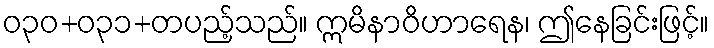
ဝ၃၀+၀၃၁+တပည့်သည်။ ဣမိနာဝိဟာရေန၊ ဤနေခြင်းဖြင့်။